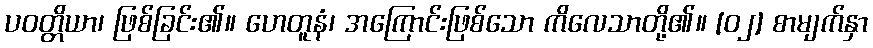
ပဝတ္တိယာ၊ ဖြစ်ခြင်း၏။ ဟေတူနံ၊ အကြောင်းဖြစ်သော ကိလေသာတို့၏။ [၀၂] စာမျက်နှာ